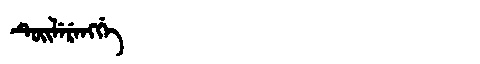
Manchu: ᡨᡠᡳᠯᡝᡵᡝᠩᡤᡝ
Romanization: TUILERENGGE